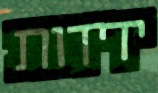
ידידות